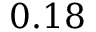
0 . 1 8